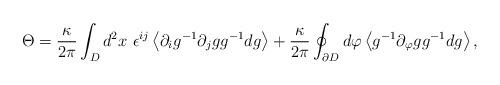
LaTeX: \begin{align*}\Theta = \frac{\kappa}{2 \pi} \int_{D} d^2 x ~\epsilon^{ij}\left< \partial_i g^{-1} \partial_j g g^{-1} d g \right> + \frac{\kappa}{2 \pi} \oint_{\partial {D}} d \varphi \left< g^{-1} \partial_{\varphi} g g^{-1} d g \right>, \end{align*}